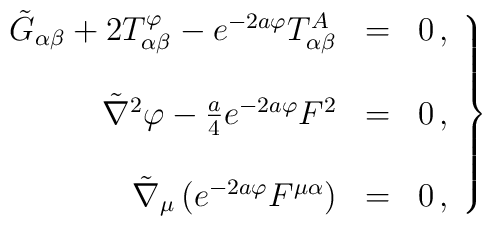
\left.\begin{array}{rcl}\tilde{G}_{\alpha\beta} +2 T_{\alpha\beta}^{\varphi} -e^{-2a\varphi}T_{\alpha\beta}^{A} & = & 0\, ,\\& &\\\tilde{\nabla}^{2}\varphi -{\textstyle\frac{a}{4}}e^{-2a\varphi}F^{2} &= & 0\, ,\\& &\\\tilde{\nabla}_{\mu}\left(e^{-2a\varphi} F^{\mu\alpha}  \right) & = &0\, ,\end{array}\right\}